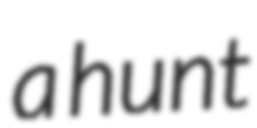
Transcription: a hunt